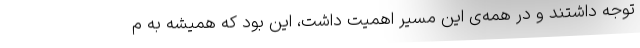
توجه داشتند و در همه‌ی این مسیر اهمیت داشت، این بود که همیشه به م